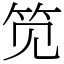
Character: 笕